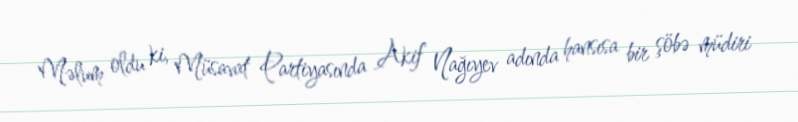
Məlum oldu ki, Müsavat Partiyasında Akif Nağıyev adında hansısa bir şöbə müdiri